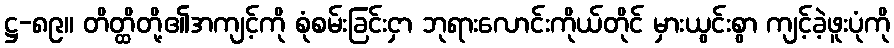
ဋ္ဌ-၈၉။ တိတ္ထိတို့၏အကျင့်ကို စုံစမ်းခြင်းငှာ ဘုရားလောင်းကိုယ်တိုင် မှားယွင်းစွာ ကျင့်ခဲ့ဖူးပုံကို